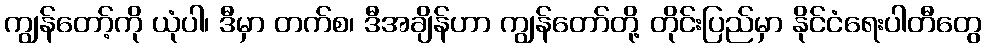
ကျွန်တော့်ကို ယုံပါ၊ ဒီမှာ တက်စ၊ ဒီအချိန်ဟာ ကျွန်တော်တို့ တိုင်းပြည်မှာ နိုင်ငံရေးပါတီတွေ